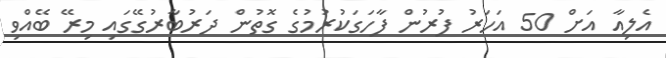
އެލިއާ އަށް 50 އަހަރު ފުރުން ފާހަގަކުރުމުގެ ގޮތުން ދަރުބާރުގޭގައި މިރޭ ބޭއްވި